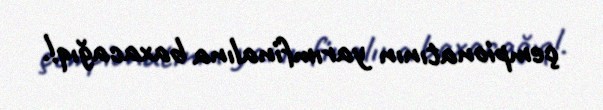
çempionatının yarımfinalına baxacağıq!.